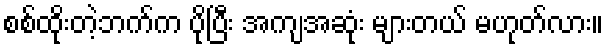
စစ်ထိုးတဲ့ဘက်က ပိုပြီး အကျအဆုံး များတယ် မဟုတ်လား။